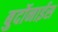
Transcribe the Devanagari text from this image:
बुर्दोनाईस